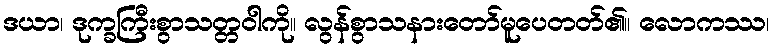
ဒယာ၊ ဒုက္ခကြီးစွာသတ္တဝါကို။ လွန်စွာသနားတော်မူပေတတ်၏။ လောကဿ၊